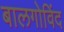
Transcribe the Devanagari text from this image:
बालगोविंद